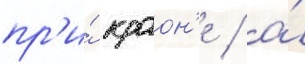
пр'и́ краон'е / а́